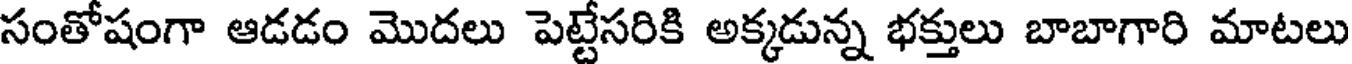
సంతోషంగా ఆడడం మొదలు పెట్టేసరికి అక్కడున్న భక్తులు బాబాగారి మాటలు